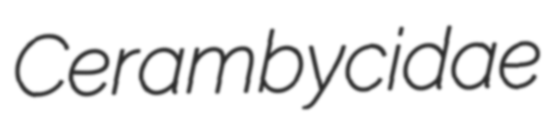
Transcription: Cerambycidae